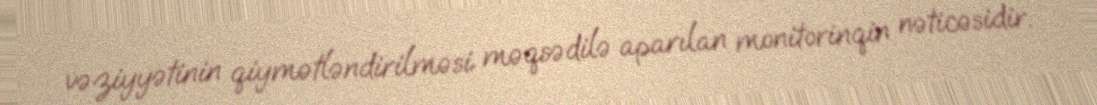
vəziyyətinin qiymətləndirilməsi məqsədilə aparılan monitorinqin nəticəsidir.